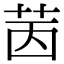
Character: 𦭮